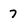
Character: 7